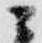
ニ